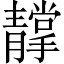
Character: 𩇢